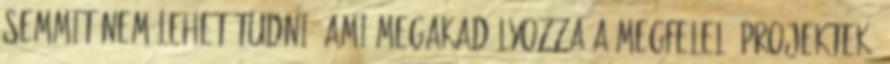
semmit nem lehet tudni, ami megakadályozza a megfelelő projektek,